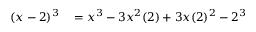
\begin{array} { r l } { ( x - 2 ) ^ { 3 } } & { { } = x ^ { 3 } - 3 x ^ { 2 } ( 2 ) + 3 x ( 2 ) ^ { 2 } - 2 ^ { 3 } } \end{array}